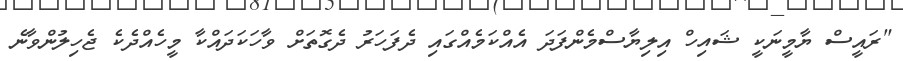
"ރައީސް ޔާމީނަކީ ޝައިހް އިލިޔާސްމެންފަދަ އެއްކަމެއްގައި ދެފަހަރު ދެގޮތަށް ވާހަކަދައްކާ މީހެއްދެކެ ޖެހިލުންވާނެ